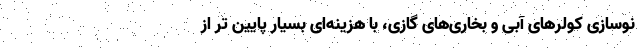
نوسازی کولرهای آبی و بخاری‌های گازی، با هزینه‌ای بسیار پایین تر از